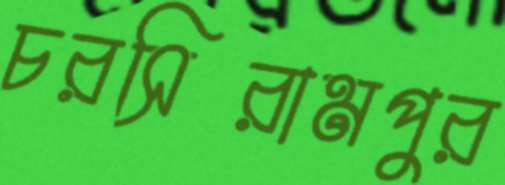
চরসিরামপুর